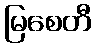
မြစေတီ